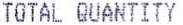
TOTAL QUANTITY